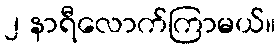
၂ နာရီလောက်ကြာမယ်။